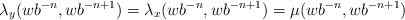
\begin{align*}\lambda_y(wb^{-n}, wb^{-n+1})= \lambda_x(wb^{-n}, wb^{-n+1}) = \mu(wb^{-n}, wb^{-n+1})\end{align*}